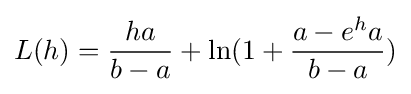
L(h)={\frac {ha}{b-a}}+\ln(1+{\frac {a-e^{h}a}{b-a}})